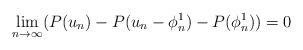
LaTeX: \begin{align*} \lim_{n\to\infty}(P(u_n)-P(u_n-\phi_n^1)-P(\phi_n^1))=0 \end{align*}